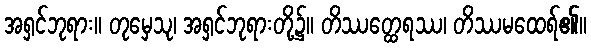
အရှင်ဘုရား။ တုမှေသု၊ အရှင်ဘုရားတို့၌။ တိဿတ္ထေရဿ၊ တိဿမထေရ်၏။